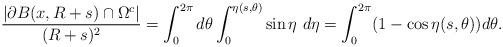
LaTeX: \begin{align*}\frac {|\partial B(x, R+s) \cap \Omega^c|}{(R+s)^2} = \int_0^{2\pi}d\theta\int_0^{\eta(s,\theta)}\sin\eta \ d\eta= \int_0^{2\pi}(1-\cos\eta(s,\theta)) d\theta.\end{align*}